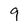
Character: 9